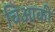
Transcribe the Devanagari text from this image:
चिआकी